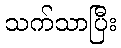
သက်သာပြီး